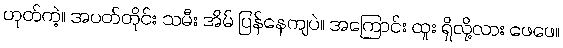
ဟုတ်ကဲ့။ အပတ်တိုင်း သမီး အိမ် ပြန်နေကျပဲ။ အကြောင်း ထူး ရှိလို့လား ဖေဖေ။